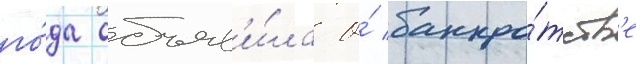
го́да объяв'и́ла о́ банкро́тств'е